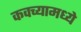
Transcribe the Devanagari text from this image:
कवच्यामध्ये